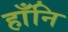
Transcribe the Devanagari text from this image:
हाँनि